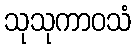
သုသုကာဝသံ